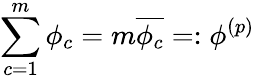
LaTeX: \sum_{c=1}^{m}\phi_{c}=m\overline{{\phi_{c}}}=:\phi^{(p)}